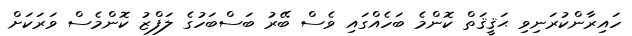
ހައިރާންކުރަނިވި ޙަޤީޤަތް ކޮންމެ ބަހެއްގައި ވެސް ބޭރު ބަސްބަހުގެ ލަފްޒު ކޮންމެސް ވަރަކަށް